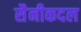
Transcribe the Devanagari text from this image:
सैनीकदल